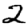
Digit: 2